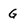
Character: G